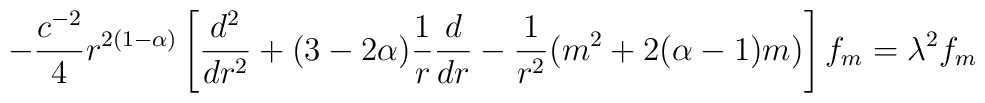
-\frac{c^{-2}}{4} r^{2(1-\alpha)} \left[ \frac{d^{2}}{dr^{2}} + (3 -    2\alpha) \frac{1}{r} \frac{d}{dr} -\frac{1}{r^{2}} (m^{2}    +2(\alpha -1)m) \right] f_{m} = \lambda^{2} f_{m}